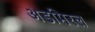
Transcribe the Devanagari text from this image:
अडमिरल